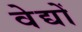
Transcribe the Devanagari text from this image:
वेद्यों